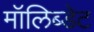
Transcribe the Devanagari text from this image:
मॉलिब्डेट